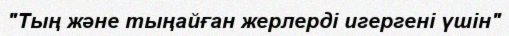
"Тың және тыңайған жерлерді игергені үшін"